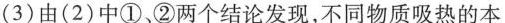
(3)由(2)中①，②两个结论发现，不同物质吸热的本